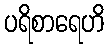
ပရိစာရေဟိ